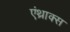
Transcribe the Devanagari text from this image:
एंथ्राक्स